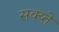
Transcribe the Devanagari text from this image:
सक्य्ते